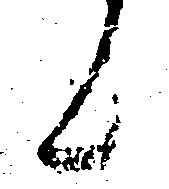
候